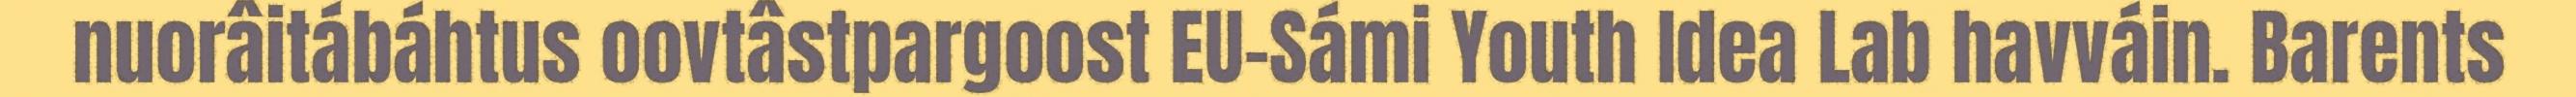
nuorâitábáhtus oovtâstpargoost EU-Sámi Youth Idea Lab havváin. Barents